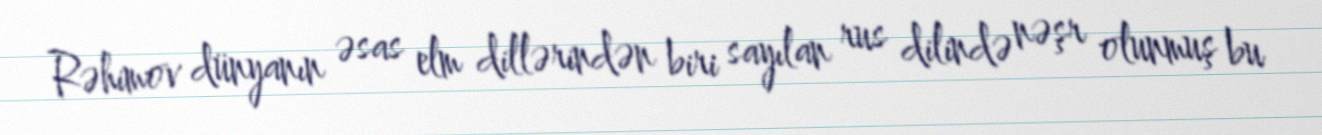
Rəhimov dünyanın əsas elm dillərindən biri sayılan rus dilində nəşr olunmuş bu